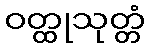
ဝတ္ထုသုတ္တံ